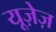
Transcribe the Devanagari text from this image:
यूज़ेज़